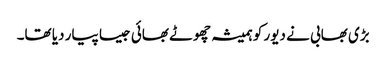
بڑی بھابی نے دیور کو ہمیشہ چھوٹے بھائی جیسا پیار دیا تھا۔